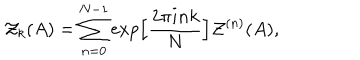
LaTeX: { \cal Z } _ { k } ( A ) = \sum _ { n = 0 } ^ { N - 1 } \exp \Bigl [ \frac { 2 \pi i n k } { N } \Bigr ] { \cal Z } ^ { ( n ) } ( A ) ,